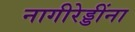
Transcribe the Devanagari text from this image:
नागीरेड्डींना